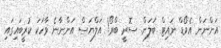
އަންނަން އެވޯޑް ނައިޓް ބަލަން. ސޮރީ ބްރޯ! އަލްޔަސް އަންނާނެ ވާހަކަ ކުރީބައިގައި